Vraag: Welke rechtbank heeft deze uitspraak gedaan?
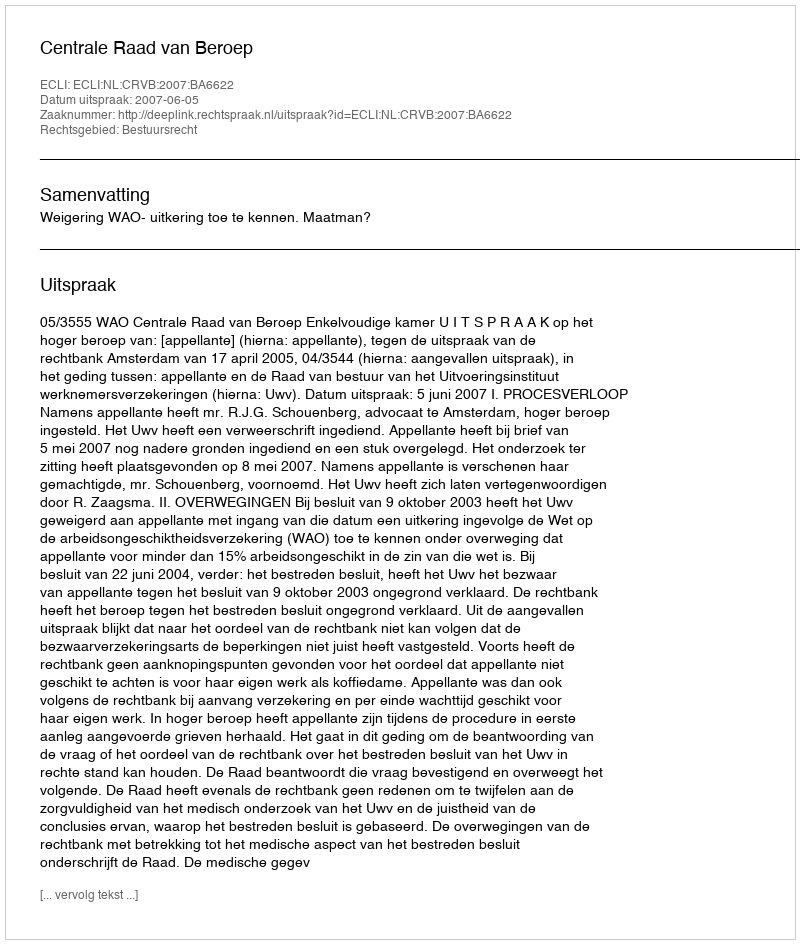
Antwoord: Centrale Raad van Beroep